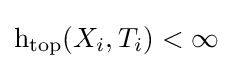
\operatorname {h_{top}} (X_{i},T_{i})<\infty